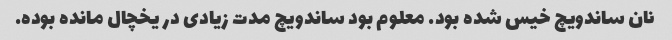
نان ساندویچ خیس شده بود. معلوم بود ساندویچ مدت زیادی در یخچال مانده بوده.